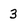
Character: 3